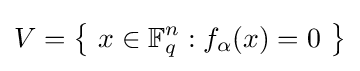
V={\bigl \{}\ x\in \mathbb {F} _{q}^{n}:f_{\alpha }(x)=0\ {\bigr \}}